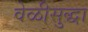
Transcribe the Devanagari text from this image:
वेळीसुद्धा